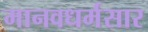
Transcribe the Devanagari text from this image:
मानवधर्मसार